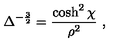
\Delta ^ { - { \frac { 3 } { 2 } } } = { \frac { \cosh ^ { 2 } \chi } { \rho ^ { 2 } } } \ ,